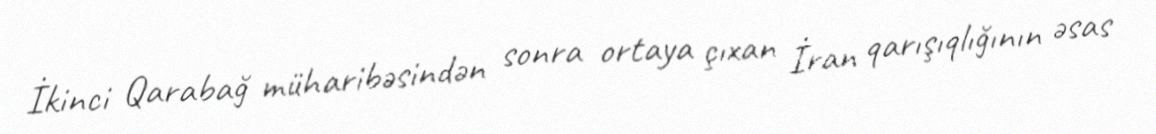
İkinci Qarabağ müharibəsindən sonra ortaya çıxan İran qarışıqlığının əsas